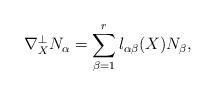
LaTeX: \begin{align*}\nabla_{X}^{\bot}N_{\alpha}=\sum_{\beta=1}^{r}l_{\alpha\beta}(X)N_{\beta}, \end{align*}